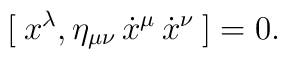
[\: x^\lambda , \eta_{\mu \nu} \, \dot x^\mu \, \dot x^\nu \:] = 0.